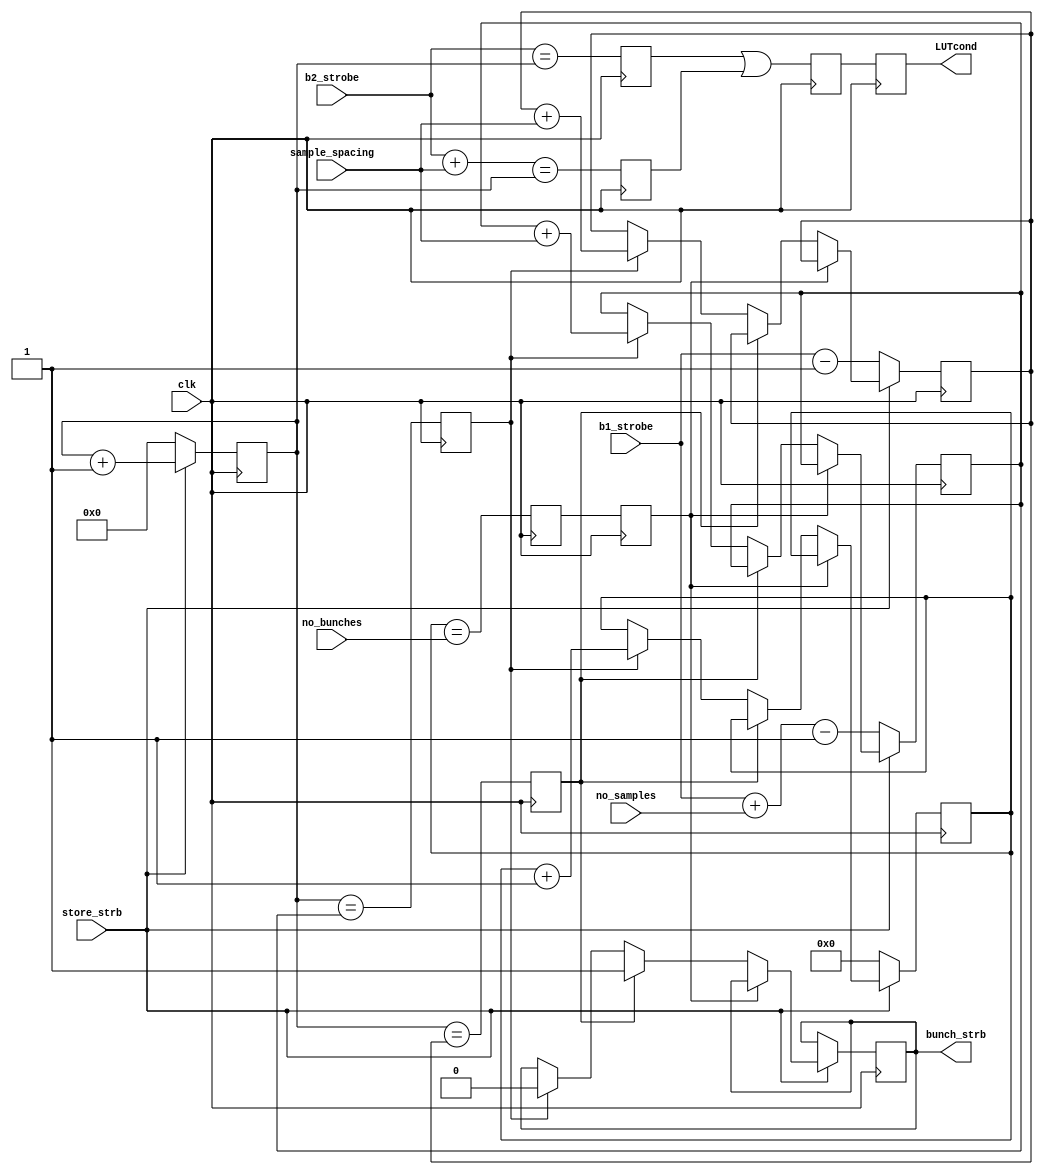
module Timing(
		output reg bunch_strb,
		input store_strb,
		input clk,
		input [7:0] b1_strobe,
		input [7:0] b2_strobe,
		input [1:0] no_bunches,
		input [3:0] no_samples,
		input [7:0] sample_spacing,
		output reg LUTcond
		
    );


//parameter no_bunches=2;       
//parameter no_samples=1; 
//parameter sample_spacing=100;  // Number of samples between consecutive bunches

reg [4:0] bunch_counter=0;
initial bunch_strb=0;
(* equivalent_register_removal = "no"*) reg [7:0] i;
reg [7:0] start_bunch_strb=0;
reg [7:0] end_bunch_strb=0;
//reg LUTcond;


// ***** Generate bunch strobe *****
reg strbA = 1'b0, strbB = 1'b0, strbC = 1'b0;//, strbD =1'b0;

always @ (posedge clk) begin
strbA <= (b2_strobe==i);
strbB <= (b2_strobe+sample_spacing==i);
strbC <= (strbA || strbB);
//strbD <= strbC;
LUTcond <= strbC;
//LUTcond<=i==b2_strobe+3|| i== b2_strobe+sample_spacing+3;
if (store_strb) begin
i<=i+1;
end
else i<=0;
end


reg cond1,cond1_a, cond2, cond3;

always @ (posedge clk) begin
cond1_a<=bunch_counter==no_bunches; // If haven't exceeded number of bunches
cond1<=cond1_a;     
cond2<=i==start_bunch_strb;   // To send bunch strobe high
cond3<=i==end_bunch_strb;     // To send bunch strobe low

if (~store_strb) begin
bunch_counter<=0;
start_bunch_strb<=b1_strobe-1;
end_bunch_strb<=b1_strobe+no_samples-1; // Bunch strobe stays high for no_samples samples
end
else if (cond1) begin
end
else begin
if (cond2) bunch_strb<=1;
else if (cond3) begin
	bunch_strb<=0;
	bunch_counter<=bunch_counter+1;
	start_bunch_strb<=start_bunch_strb+sample_spacing;  // Calculate sample numbers for next bunch
	end_bunch_strb<=end_bunch_strb+sample_spacing;      // Calculate sample numbers for next bunch
end
end
end





endmodule